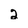
Character: 2